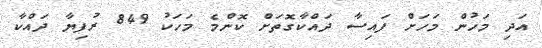
އަދި މަހުން މަހަށް ފައިސާ ދައްކާގޮތަށް ކޮންމެ މަހަކު 849 ރުފިޔާ ދައްކާ